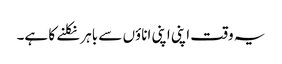
یہ وقت اپنی اپنی اناؤں سے باہر نکلنے کا ہے۔